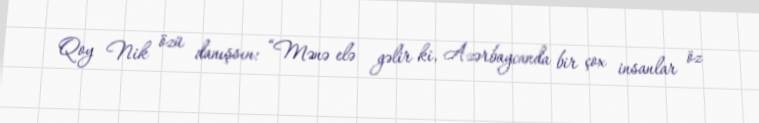
Qoy Nik özü danışsın: “Mənə elə gəlir ki, Azərbaycanda bir çox insanlar öz